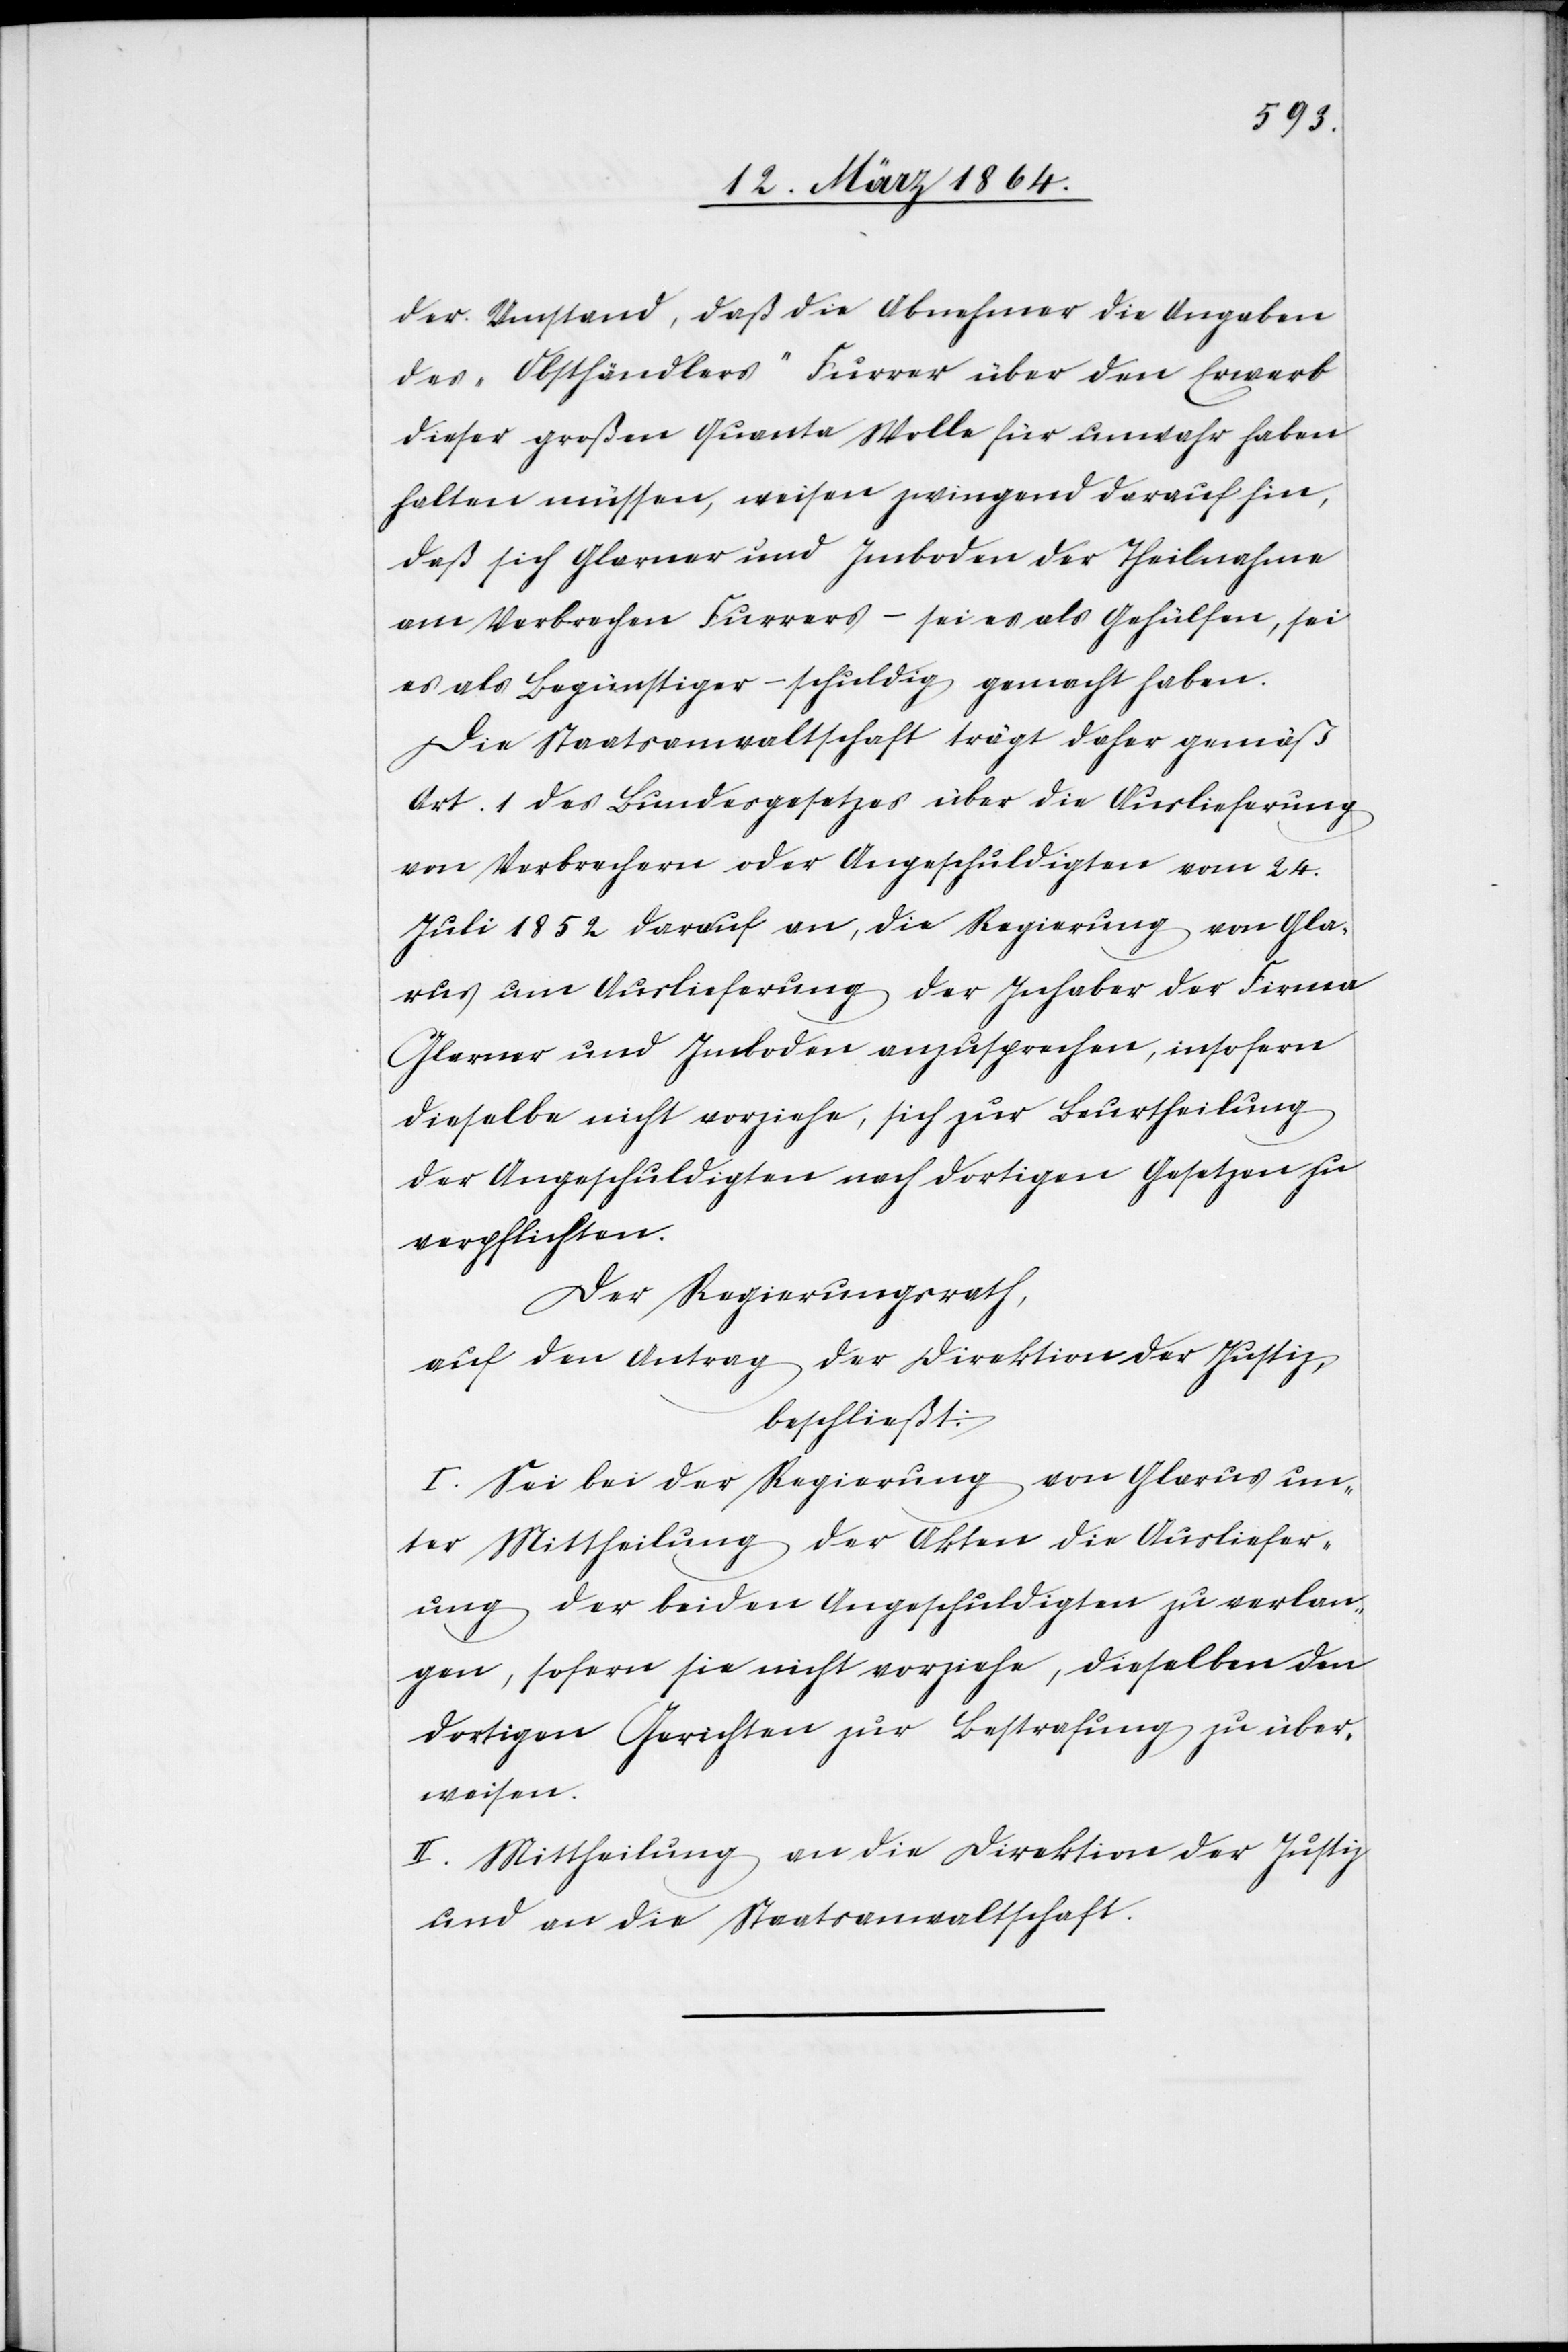
der Umstand, daß die Abnehmer die Angaben
des „Obsthändlers“ Furrer über den Erwerb
dieser großen Quante Wolle für unwahr haben
halten müssen, weisen zwingend darauf hin,
daß sich Glarner und Imboden der Theilnahme
am Verbrechen Furrers – sei es als Gehülfen, sei
es als Begünstiger – schuldig gemacht haben.
Die Staatsanwaltschaft trägt daher gemäss
Art. 1 des Bundesgesetzes über die Auslieferung
von Verbrechern oder Angeschuldigten vom 24.
Juli 1852 darauf an, die Regierung von Gla¬
rus um Auslieferung der Inhaber der Firma
Glarner und Imboden anzusprechen, insofern
dieselbe nicht vorziehe, sich zur Beurtheilung
der Angeschuldigten nach dortigen Gesetzen zu
verpflichten.
Der Regierungsrath,
auf den Antrag der Direktion der Justiz,
beschließt:
I. Sei bei der Regierung von Glarus un¬
ter Mittheilung der Akten die Ausliefer¬
ung der beiden Angeschuldigten zu verlan¬
gen, sofern sie nicht vorziehe, dieselben den
dortigen Gerichten zur Bestrafung zu über¬
weisen.
II. Mittheilung an die Direktion der Justiz
und an die Staatsanwaltschaft.